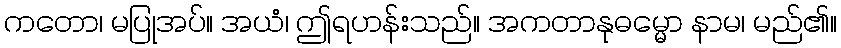
ကတော၊ မပြုအပ်။ အယံ၊ ဤရဟန်းသည်။ အကတာနုဓမ္မော နာမ၊ မည်၏။